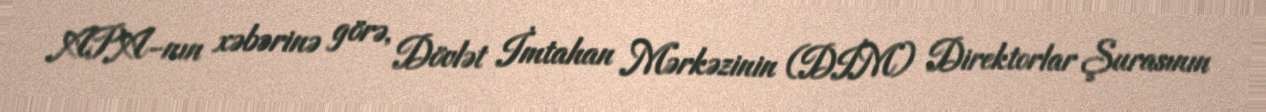
APA-nın xəbərinə görə, Dövlət İmtahan Mərkəzinin (DİM) Direktorlar Şurasının